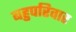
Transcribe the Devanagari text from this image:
बहुपरिवार